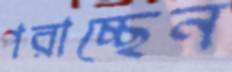
পরাচ্ছেন